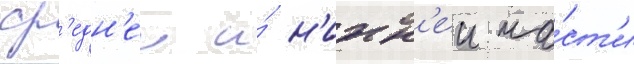
ср'едн'еи и́ н'ижн'еи ча́ст'и